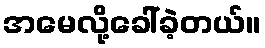
အမေလို့ခေါ်ခဲ့တယ်။